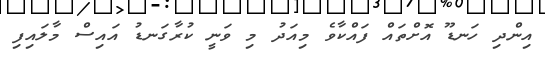
އިންދި ހަނޑޫ އޮށްތައް ފައްކާވެ މިއަދު މި ވަނީ ކުރާގަނޑު އައިސް މާލައިފި